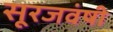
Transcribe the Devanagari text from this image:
सूरजवंषी